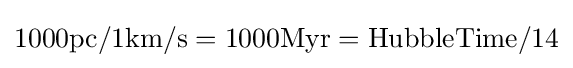
1000{\text{pc}}/1{\text{km/s}}=1000{\text{Myr}}={\text{HubbleTime}}/14